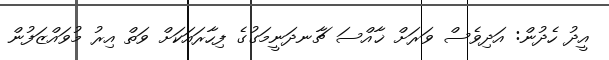
އީދު ހެދުން: އަދިވެސް ވަރަށް ޚާއްސަ ޗާނދަނީމަގުގެ ފިހާރައަކަށް ވަތް އިރު މުވައްޒަފުން